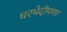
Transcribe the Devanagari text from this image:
घरभेदीपणा